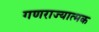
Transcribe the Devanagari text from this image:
गणराज्‍यात्‍मक